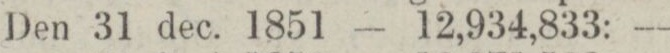
Den 31 dec. 1851 — 12,934,833: —